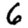
Digit: 6